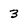
Character: 3